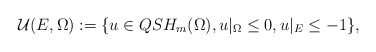
\begin{align*} \mathcal{U}( E ,\Omega): =\{ u\in QSH_m(\Omega) , u\vert_{\Omega}\leq 0,u\vert_{E}\leq -1 \}, \end{align*}